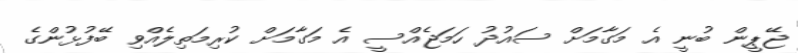
ޖޭޕީން ބުނީ އެ މަގާމަށް ސައުދު ހަމަޖެއްސީ އެ މަގާމަށް ކުރިމަތިލެއްވި ބޭފުޅުންގެ